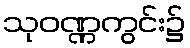
သုဝဏ္ဏကွင်း၌